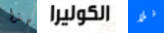
بهذا الكوليرا فلا